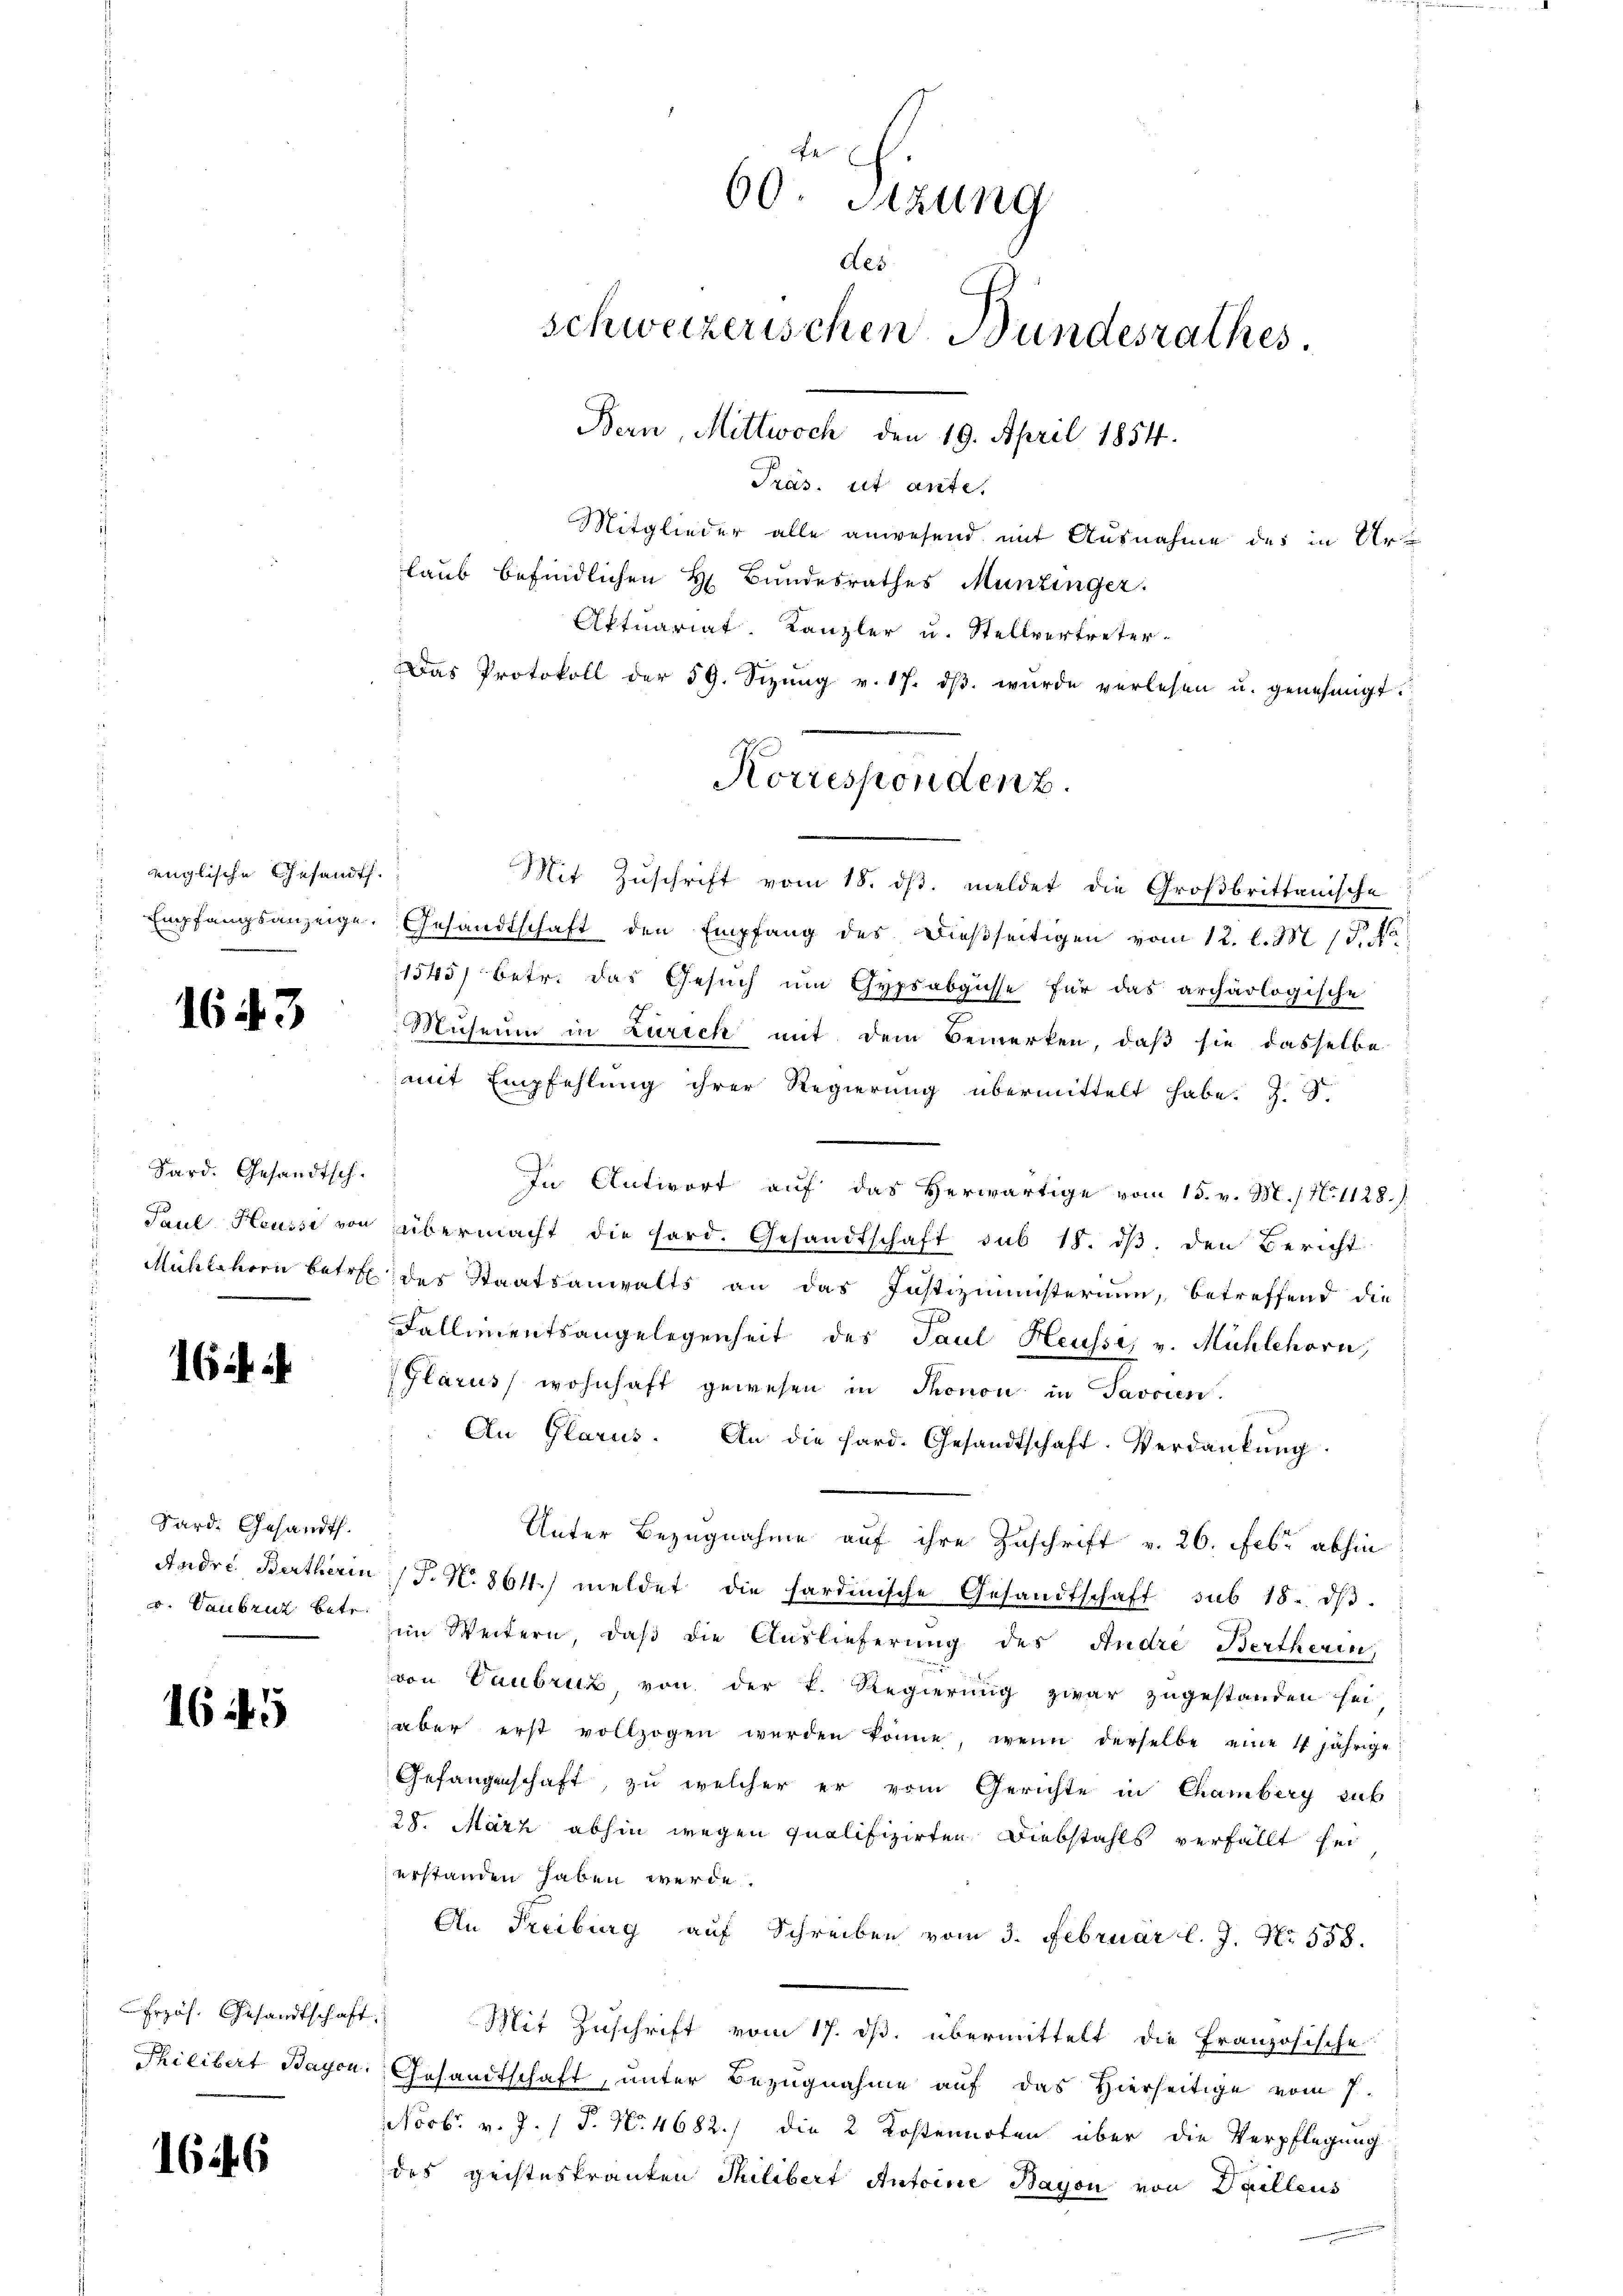
englische Gesandt.

1643

Sard. Gesandtsch.

16 i

Sard. Gesandth.
Andre. Bertherin
v. Taubruz betr.

1645

Erzäh. Gesandtschaft
Philibert Bayen.

1646

Mitglieder alle anwesend mit Ausnahme des in Ur
laub befindlichen H. Bundesrathes Munzinger.
Aktuariat. Kanzler u. Stellvertreter-
Das Protokoll der 59. Sizŭng v. 17. dβ wŭrde verlesen u. genehmigt.
Mit Zuschrift vom 18. ds. meldet die Großbrittanische
Empfangsanzeige. Gesandtschaft den Empfang des dießseitigen vom 12. l. M. P. Pa
1545) betr. das Gesuch um Gypsabgüsse für das archäologische
Museum in Zürich mit dem Bemerken, daß sie dasselbe
mit Empfehlung ihrer Regierung übermittelt habe. Z
In Antwort auf das Herwärtige vom 15. v. M. / N. 1128.
Paul Heussi von übermacht die hard. Gesandtschaft sub 18. dβ. den Bericht
Mühlehorn betre des Staatsanwalts an das Justizministerium, betreffend die
Fallimentsangelegenheit des Paul Heussi, v. Mühlehorn,
Glarus wohnhaft gewesen in Thonon in Javoren.
An Glarus. An die hard. Gesandtschaft. Verdankŭng
Unter Bezugnahme auf ihre Zuschrift v. 26. Febr. abhin
/S. N. 8611) meldet die hardinische Gesandtschaft sub 18. dβ.
im Weitern, daß die Auslieferung des Andre Bertherin,
von Taubruz von der k. Regierung zwar zugestanden sei:
aber erst vollzogen werden könne, wenn derselbe eine 14jährige
Gefangenschaft, zu welcher er vom Gerichte in Chamberg sub
28. März abhin wegen qualifizirten Diebstahls verfällt sei
erstanden haben werde.
An Freiburg auf Schreiben vom 3. Februar l. J. No. 558.
.) Mit Zuschrift vom 17. ds. übermittelt die Französische
Gesandtschaft, unter Bezugnahme auf das Hierseitige vom 7.
NNovbr. v. J. P. Nr. 4682./ die 2 Kostenirten über die Verpflegung
des geisteskranken Thilibert Antoine Bayon von Dailleus

Fe
60. Sitzung
des
schweizerischen Bundesrathes.
Bern, Mittwoch, den 19. April 1854.
Präs. et ante.

Korresponden z.